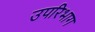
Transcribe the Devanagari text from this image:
उपरिभाग